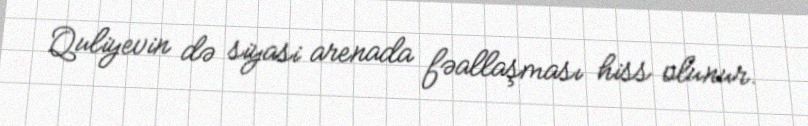
Quliyevin də siyasi arenada fəallaşması hiss olunur.